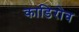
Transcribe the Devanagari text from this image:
काडिरोव